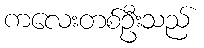
ကလေးတစ်ဦးသည်